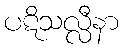
ပဋိသလ္လီနာ